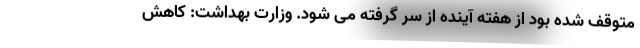
متوقف شده بود از هفته آینده از سر گرفته می شود. وزارت بهداشت: کاهش